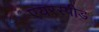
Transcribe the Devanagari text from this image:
एयरस्पीड